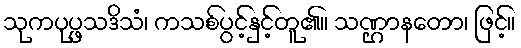
သုကပုပ္ဖသဒိသံ၊ ကသစ်ပွင့်နှင့်တူ၏။ သဏ္ဌာနတော၊ ဖြင့်။